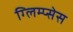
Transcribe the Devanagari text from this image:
ग्लिम्प्सेस